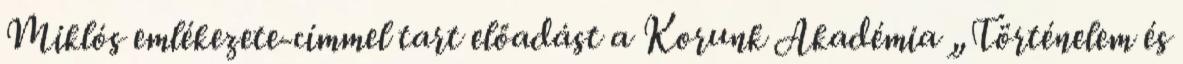
Miklós emlékezete-címmel tart előadást a Korunk Akadémia „Történelem és